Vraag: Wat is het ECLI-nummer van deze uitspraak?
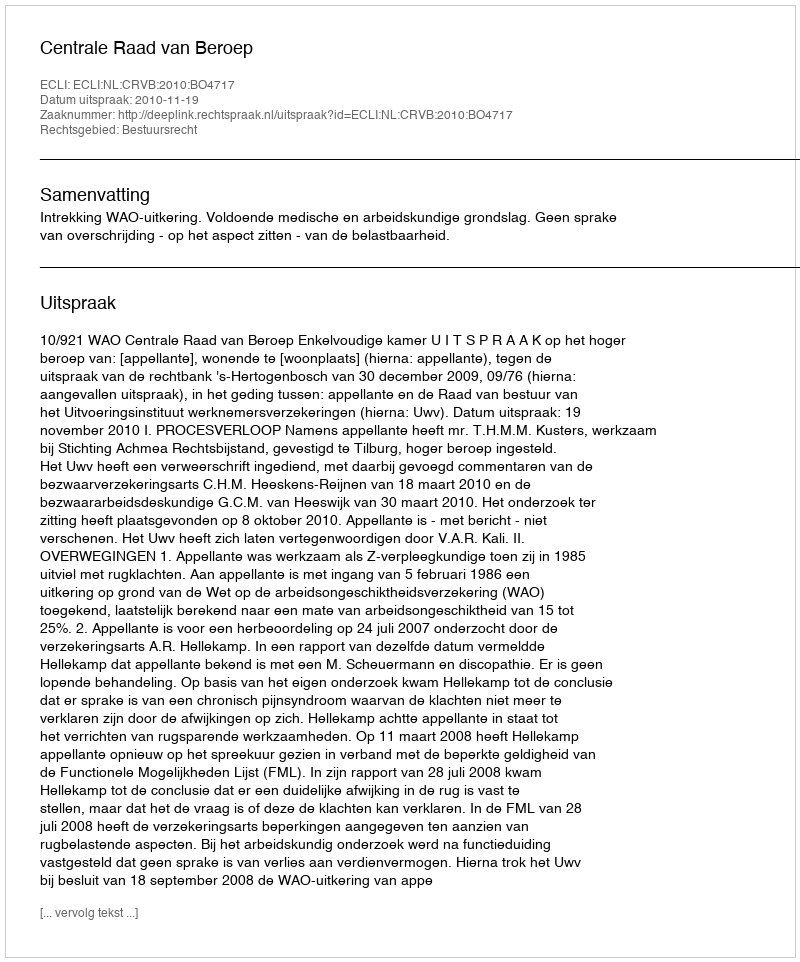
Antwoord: ECLI:NL:CRVB:2010:BO4717